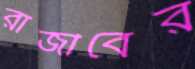
রাজীবের